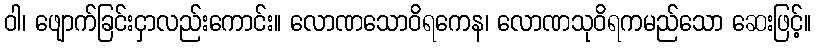
ဝါ၊ ဖျောက်ခြင်းငှာလည်းကောင်း။ လောဏသောဝိရကေန၊ လောဏသုဝိရကမည်သော ဆေးဖြင့်။